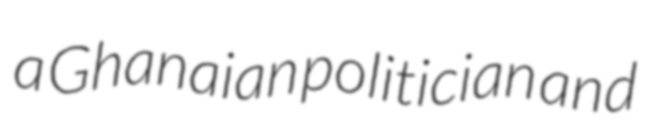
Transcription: a Ghanaian politician and